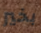
بخير